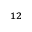
^ { 1 2 }